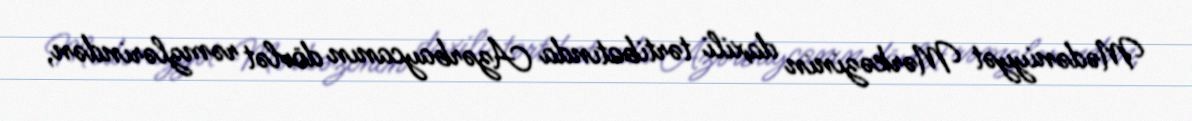
Mədəniyyət Mərkəzinin daxili tərtibatında Azərbaycanın dövlət rəmzlərindən,